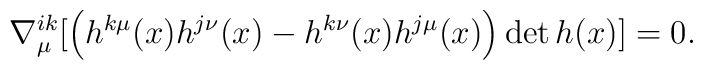
\nabla^{ik}_\mu [ \left(h^{k\mu}(x)h^{j\nu}(x)-h^{k\nu}(x)h^{j\mu}(x)\right) \det h(x)] = 0.